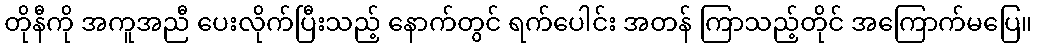
တိုနီကို အကူအညီ ပေးလိုက်ပြီးသည့် နောက်တွင် ရက်ပေါင်း အတန် ကြာသည့်တိုင် အကြောက်မပြေ။